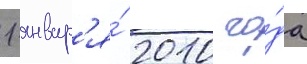
1 январ'я́ 2010 го́да